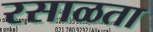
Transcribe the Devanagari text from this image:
रसाळता